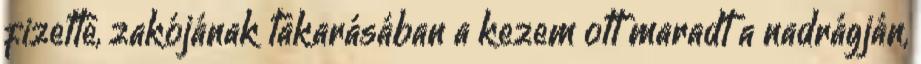
fizette, zakójának takarásában a kezem ott maradt a nadrágján,